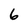
Character: 6